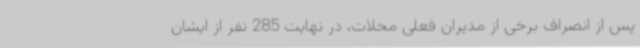
پس از انصراف برخی از مدیران فعلی محلات، در نهایت 285 نفر از ایشان